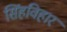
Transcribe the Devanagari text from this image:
सिंहविहार